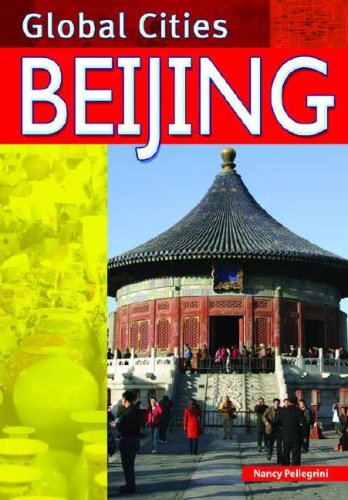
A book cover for Beijing (Global Cities); Nancy Pellegrini; Teen & Young Adult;